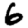
Digit: 6